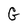
Character: G